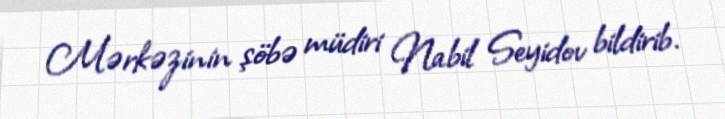
Mərkəzinin şöbə müdiri Nabil Seyidov bildirib.